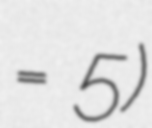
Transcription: = 5)